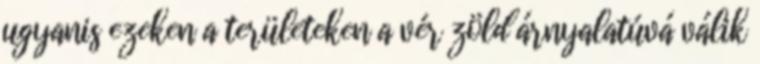
ugyanis ezeken a területeken a vér zöld árnyalatúvá válik